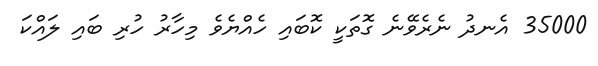
35000 އެނދު ނެރެވޭނެ ގޮތަކީ ކޮބައި ހެއްޔެވެ މިހާރު ހުރި ބައި ލައްކަ